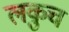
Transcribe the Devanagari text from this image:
लकुच